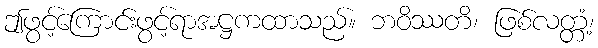
ဤဖွင့်ကြောင်းဖွင့်ရာအဋ္ဌကထာသည်။ ဘဝိဿတိ၊ ဖြစ်လတ္တံ့၊